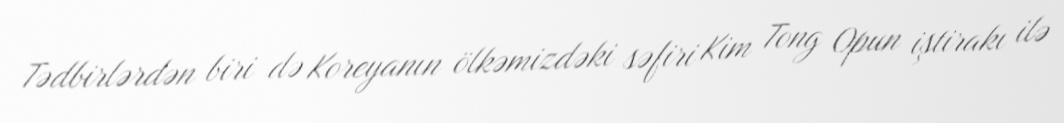
Tədbirlərdən biri də Koreyanın ölkəmizdəki səfiri Kim Tong Opun iştirakı ilə